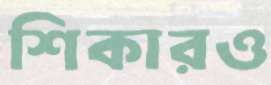
শিকারও